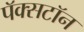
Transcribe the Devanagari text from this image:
पॅक्सटॉन